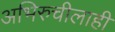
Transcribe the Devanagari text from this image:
अभिरुचीलाही